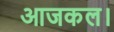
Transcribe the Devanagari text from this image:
आजकल।